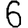
Digit: 6